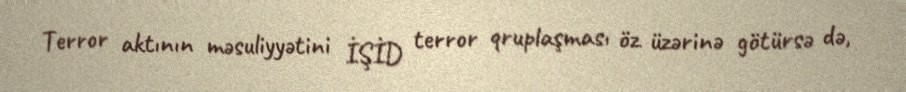
Terror aktının məsuliyyətini İŞİD terror qruplaşması öz üzərinə götürsə də,